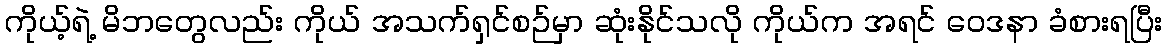
ကိုယ့်ရဲ့ မိဘတွေလည်း ကိုယ် အသက်ရှင်စဉ်မှာ ဆုံးနိုင်သလို ကိုယ်က အရင် ဝေဒနာ ခံစားရပြီး